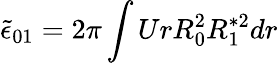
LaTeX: \tilde{\epsilon}_{01}=2\pi\int UrR_{0}^{2}R_{1}^{*2}dr